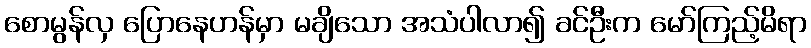
စောမွန်လှ ပြောနေဟန်မှာ မချိသော အသံပါလာ၍ ခင်ဦးက မော်ကြည့်မိရာ